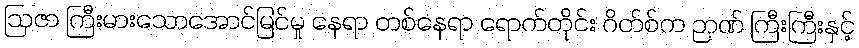
ဩဇာ ကြီးမားသောအောင်မြင်မှု နေရာ တစ်နေရာ ရောက်တိုင်း ဂိတ်စ်က ဉာဏ် ကြီးကြီးနှင့်